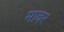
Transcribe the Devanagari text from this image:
मावर